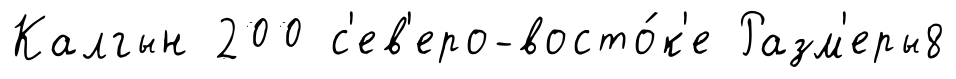
Калгын 200 с'ев'еро-восто́к'е Разм'еры8